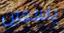
ياسمين